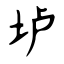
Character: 垆